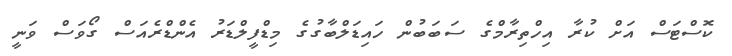
ކޮސްޓަސް އަށް ކުރާ އިހްތިރާމްގެ ސަބަބުން ހައިޑަލްބާގުގެ މިޑްފީލްޑަރު އެންޑްރެއަސް ގޯވަސް ވަނީ